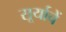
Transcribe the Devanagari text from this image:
सूर्याचें